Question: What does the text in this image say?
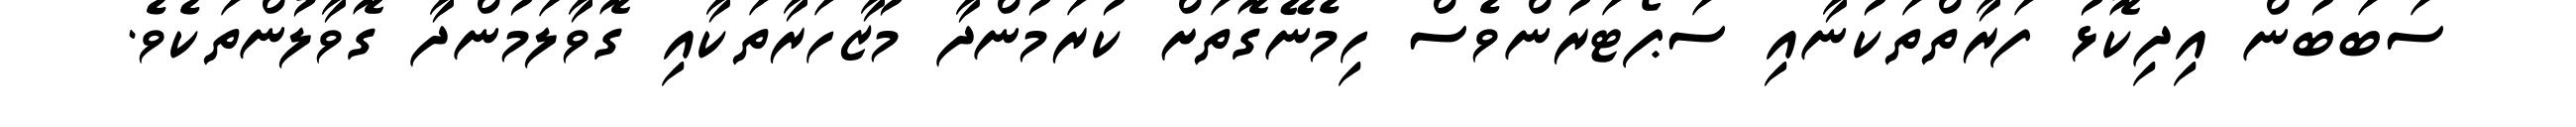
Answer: ސަބަބުން އިދިކޮޅު ފަރާތްތަކުނާއި ސަޕޯޓަރުންވެސް ހިމެނޭގޮތަށް ކުރަމުންދާ މުޒާހަރާތަކާއި ގޮވާލަމުންދާ ގޮވާލުންތަކެވެ.